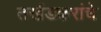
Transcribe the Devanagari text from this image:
तर्खडकरांचे